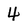
Character: 4